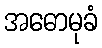
အဓောမုခံ